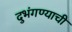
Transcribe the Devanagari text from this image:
दुभंगण्याची